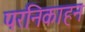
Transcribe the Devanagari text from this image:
परनिकाहन